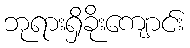
ဘုရားရှိခိုးကျောင်း